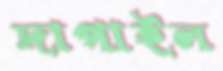
দাপাইল